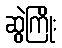
ဆွဲကြိုး